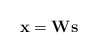
\begin{align*}\mathbf{x} = \mathbf{W}\mathbf{s}\end{align*}